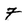
Character: 7